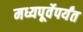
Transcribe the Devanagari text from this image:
मध्यपूर्वेपर्यंत